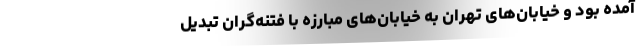
آمده بود و خیابان‌های تهران به خیابان‌های مبارزه با فتنه‌گران تبدیل